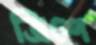
ত্রিশে